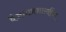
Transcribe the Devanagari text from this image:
वैजनाथशास्त्रींना